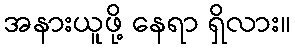
အနားယူဖို့ နေရာ ရှိလား။